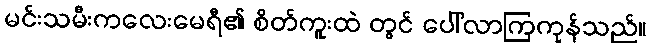
မင်းသမီးကလေးမေရီ၏ စိတ်ကူးထဲ တွင် ပေါ်လာကြကုန်သည်။